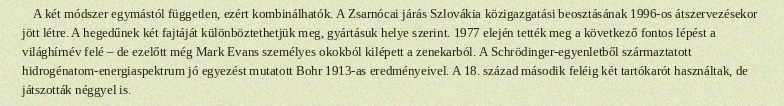
A két módszer egymástól független, ezért kombinálhatók. A Zsarnócai járás Szlovákia közigazgatási beosztásának 1996-os átszervezésekor jött létre. A hegedűnek két fajtáját különböztethetjük meg, gyártásuk helye szerint. 1977 elején tették meg a következő fontos lépést a világhírnév felé – de ezelőtt még Mark Evans személyes okokból kilépett a zenekarból. A Schrödinger-egyenletből származtatott hidrogénatom-energiaspektrum jó egyezést mutatott Bohr 1913-as eredményeivel. A 18. század második feléig két tartókarót használtak, de játszották néggyel is.